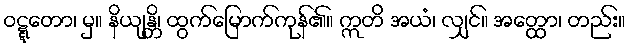
ဝဋ္ဋတော၊ မှ။ နိယျန္တိ၊ ထွက်မြောက်ကုန်၏။ ဣတိ အယံ၊ လျှင်။ အတ္ထော၊ တည်း။